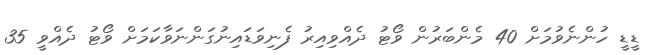
ޑީޑީ ހުންނެވުމަށް 40 މެންބަރުން ވޯޓު ދެއްވިއިރު ފެނިވަޑައިނުގަންނަވާކަމަށް ވޯޓު ދެއްވީ 35